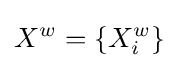
X^{w}=\{X_{i}^{w}\}